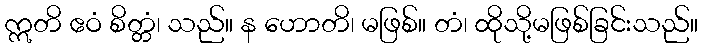
ဣတိ ဧဝံ စိတ္တံ၊ သည်။ န ဟောတိ၊ မဖြစ်။ တံ၊ ထိုသို့မဖြစ်ခြင်းသည်။